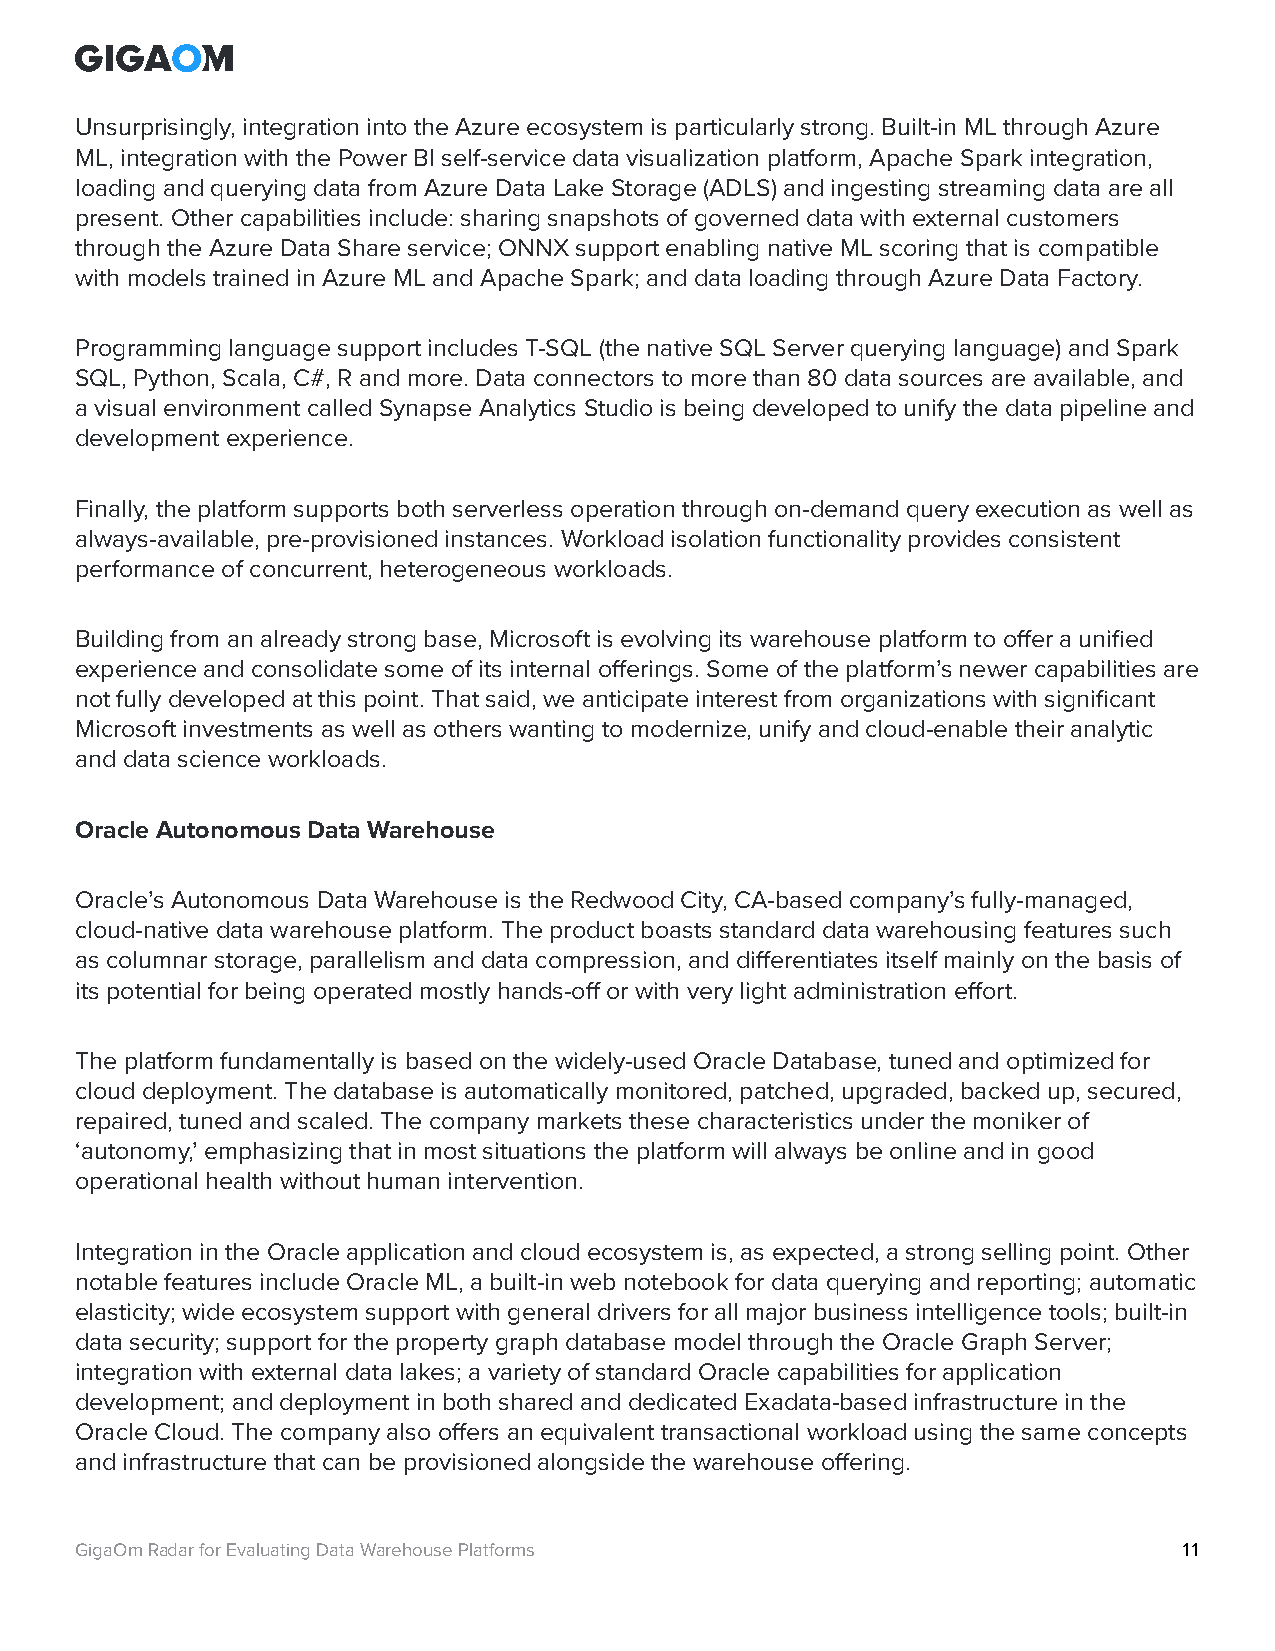
Unsurprisingly, integration into the Azure ecosystem is particularly strong. Built-in ML through Azure
 ML, integration with the Power BI self-service data visualization platform, Apache Spark integration,
 loading and querying data from Azure Data Lake Storage (ADLS) and ingesting streaming data are all
 present. Other capabilities include: sharing snapshots of governed data with external customers
 through the Azure Data Share service; ONNX support enabling native ML scoring that is compatible
 with models trained in Azure ML and Apache Spark; and data loading through Azure Data Factory.
 Programming language support includes T-SQL (the native SQL Server querying language) and Spark
 SQL, Python, Scala, C#, R and more. Data connectors to more than 80 data sources are available, and
 a visual environment called Synapse Analytics Studio is being developed to unify the data pipeline and
 development experience.
 Finally, the platform supports both serverless operation through on-demand query execution as well as
 always-available, pre-provisioned instances. Workload isolation functionality provides consistent
 performance of concurrent, heterogeneous workloads.
 Building from an already strong base, Microsoft is evolving its warehouse platform to offer a unified
 experience and consolidate some of its internal offerings. Some of the platform’s newer capabilities are
 not fully developed at this point. That said, we anticipate interest from organizations with significant
 Microsoft investments as well as others wanting to modernize, unify and cloud-enable their analytic
 and data science workloads.
 Oracle Autonomous Data Warehouse
 Oracle’s Autonomous Data Warehouse is the Redwood City, CA-based company’s fully-managed,
 cloud-native data warehouse platform. The product boasts standard data warehousing features such
 as columnar storage, parallelism and data compression, and differentiates itself mainly on the basis of
 its potential for being operated mostly hands-off or with very light administration effort.
 The platform fundamentally is based on the widely-used Oracle Database, tuned and optimized for
 cloud deployment. The database is automatically monitored, patched, upgraded, backed up, secured,
 repaired, tuned and scaled. The company markets these characteristics under the moniker of
 ‘autonomy,’ emphasizing that in most situations the platform will always be online and in good
 operational health without human intervention.
 Integration in the Oracle application and cloud ecosystem is, as expected, a strong selling point. Other
 notable features include Oracle ML, a built-in web notebook for data querying and reporting; automatic
 elasticity; wide ecosystem support with general drivers for all major business intelligence tools; built-in
 data security; support for the property graph database model through the Oracle Graph Server;
 integration with external data lakes; a variety of standard Oracle capabilities for application
 development; and deployment in both shared and dedicated Exadata-based infrastructure in the
 Oracle Cloud. The company also offers an equivalent transactional workload using the same concepts
 and infrastructure that can be provisioned alongside the warehouse offering.
 GigaOm Radar for Evaluating Data Warehouse Platforms                     11